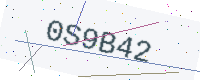
Text: 0S9B42